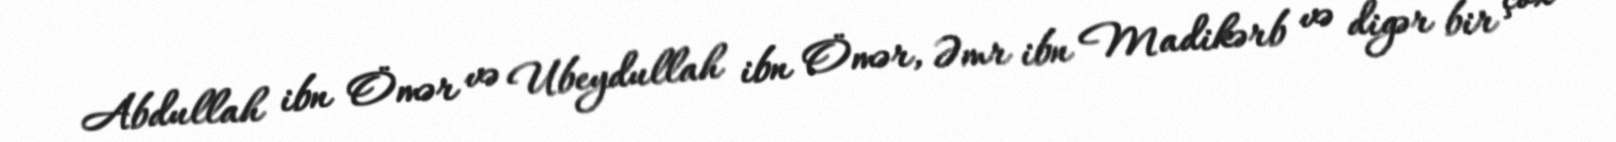
Abdullah ibn Ömər və Ubeydullah ibn Ömər, Əmr ibn Madikərb və digər bir çox